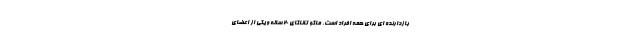
بازدارنده ای برای همه افراد است. ماکو تاناکای 20 ساله و یکی از اعضای